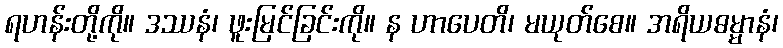
ရဟန်းတို့ကို။ ဒဿနံ၊ ဖူးမြင်ခြင်းကို။ န ဟာပေတိ၊ မယုတ်စေ။ အရိယဓမ္မာနံ၊